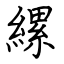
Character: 縲